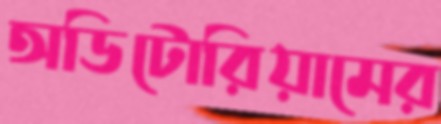
অডিটোরিয়ামের